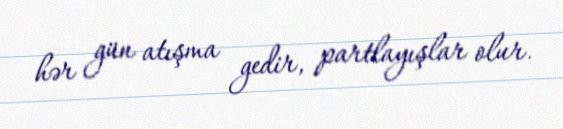
hər gün atışma gedir, partlayışlar olur.